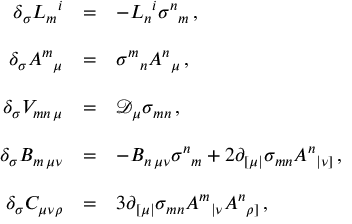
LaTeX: \begin{array} { r c l } { { \delta _ { \sigma } L _ { m } { } ^ { i } } } & { { = } } & { { - L _ { n } { } ^ { i } \sigma ^ { n } { } _ { m } \, , } } \\ { { } } & { { } } & { { } } \\ { { \delta _ { \sigma } A ^ { m } { } _ { \mu } } } & { { = } } & { { \sigma ^ { m } { } _ { n } A ^ { n } { } _ { \mu } \, , } } \\ { { } } & { { } } & { { } } \\ { { \delta _ { \sigma } V _ { m n \, \mu } } } & { { = } } & { { \mathcal { D } _ { \mu } \sigma _ { m n } \, , } } \\ { { } } & { { } } & { { } } \\ { { \delta _ { \sigma } B _ { m \, \mu \nu } } } & { { = } } & { { - B _ { n \, \mu \nu } \sigma ^ { n } { } _ { m } + 2 \partial _ { [ \mu | } \sigma _ { m n } A ^ { n } { } _ { | \nu ] } \, , } } \\ { { } } & { { } } & { { } } \\ { { \delta _ { \sigma } C _ { \mu \nu \rho } } } & { { = } } & { { 3 \partial _ { [ \mu | } \sigma _ { m n } A ^ { m } { } _ { | \nu } A ^ { n } { } _ { \rho ] } \, , } } \end{array}